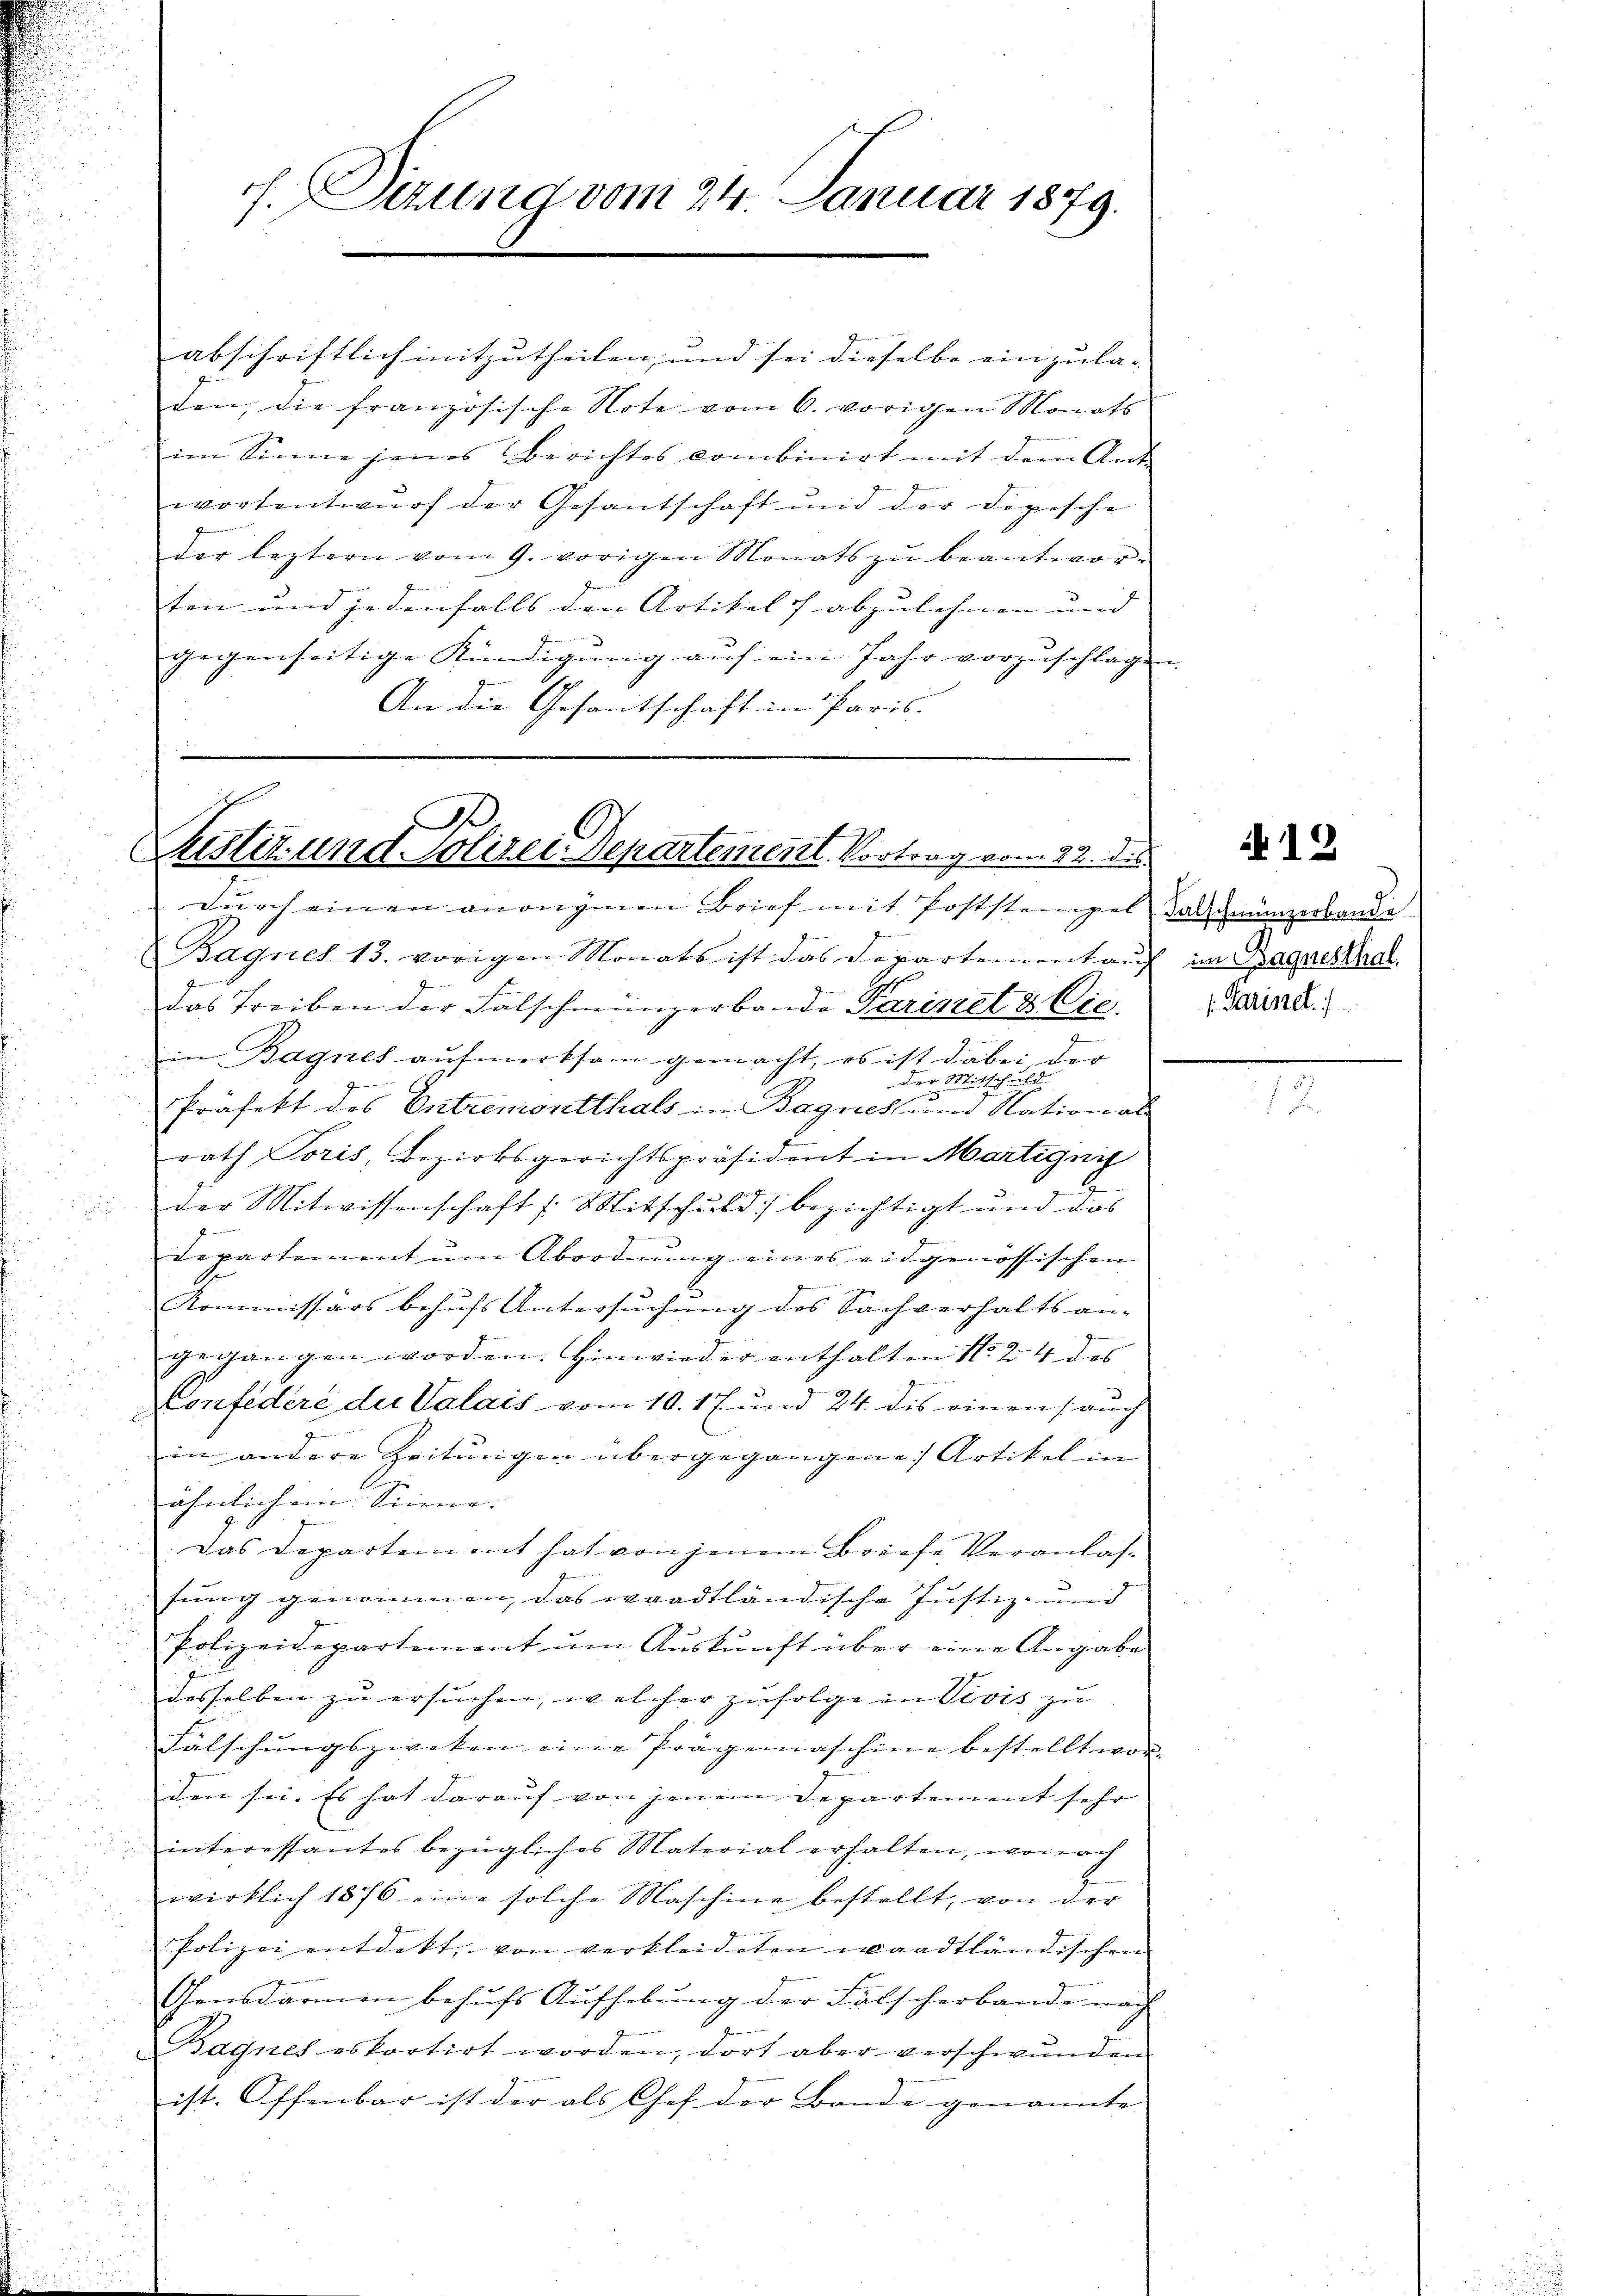
h. Sizung vom 24. Januar 1879.

abschriftlich mitzutheilen, und sei dieselbe einzula-
den, die französische Note vom 6. vorigen Monats
im Sinne jenes Berichtes combinirt mit dem Ant
wortentwurf der Gesantschaft und der Depesche
der leztern vom 9. vorigen Monats zŭ beantworten und jedenfalls den Artikels abzulehnen und
gegenseitige Kündigŭng aŭf ein Jahr vorzŭschlagen.
An die Gesantschaft in Paris.

.
Justiz und Polizei-Departement. Vortrag vom 22. des

durch einen anonymen Brief mit Poststempel Salzmünzerbande
Bagnet 13. vorigen Monats ist das Departement auf im Bagnesthal
das Treiben der Falschmünzerbande Parinet & Cie.
in Bagnes aufmerksam gemacht, es ist dabei, der
der Mitschuld
Präfekt des Entremontthals in Bagnes und National-
rath Poris, Bezirksgerichtspräsident in Martignis
der Mitwissenschaft /: Mitschuld bezichtigt und das
f
Departement um Abordnung eines eidgenössischen
.
Kommissärs behufs Untersuchung des Sachverhalts an-
gegangen worden. Hinwieder enthalten No 24 des
Confedere der Valais vom 10. 17 und 24. dis einen (auch
in andere Zeitungen übergegangene Artikel in
ähnlichem Sinne. |
Das Departement hat von jenem Briefe Veranlassung genommen, das waadtländische Justiz- und
Polizeidepartement um Auskunft über eine Angabe
desselben zu ersuchen, welcher zufolge in Vivis zu
Fälschungszweken eine Prägenaschine bestellt wor-
den sei. Es hat daraŭf von jenem Departement sehr
interessantes bezügliches Material erhalten, wonach
wirklich 1876 eine solche Maschine bestellt, von der
Polizei entdekt, von verkleideten waadtländischen
Gensdarmen behufs Aufhebung der Fälscherbande nach
Bagnes es kortirt worden, dort aber verschwunden
ist. Offenbar ist der als Chef der Bande genannte |

12

1. Paristel